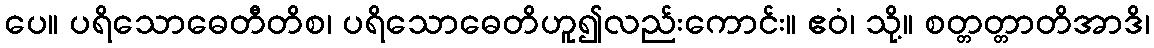
ပေ။ ပရိသောဓေတီတိစ၊ ပရိသောဓေတိဟူ၍လည်းကောင်း။ ဧဝံ၊ သို့။ စတ္တတ္တာတိအာဒိ၊